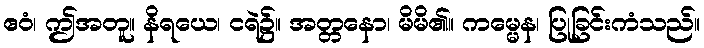
ဧဝံ၊ ဤအတူ။ နိရယေ၊ ငရဲ၌။ အတ္တနော၊ မိမိ၏။ ကမ္မေန၊ ပြုခြင်းကံသည်။